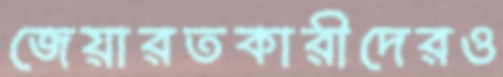
জেয়ারতকারীদেরও